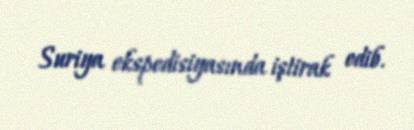
Suriya ekspedisiyasında iştirak edib.